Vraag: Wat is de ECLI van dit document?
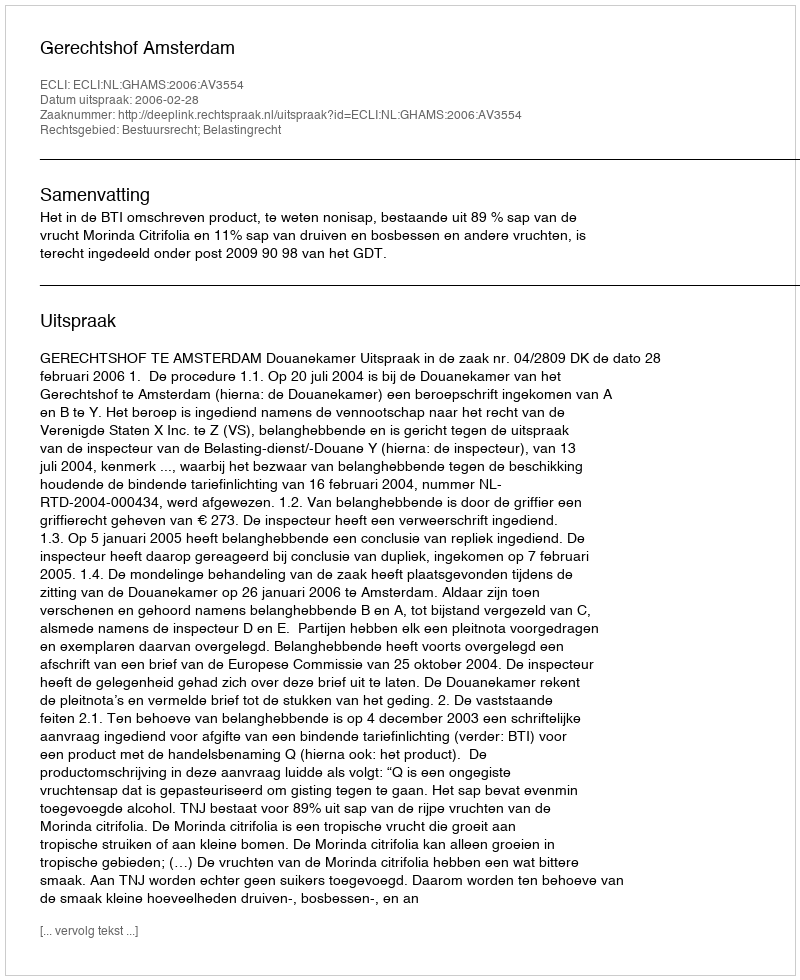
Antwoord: ECLI:NL:GHAMS:2006:AV3554